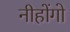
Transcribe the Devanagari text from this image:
नीहोंगो